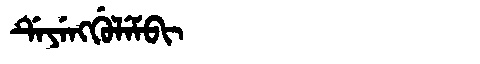
Manchu: ᡩᡝᠶᡝᠩᡤᡠᠯᡝᠮᠪᡳ
Romanization: DEYENGGULEMBI